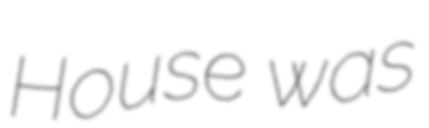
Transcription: House was